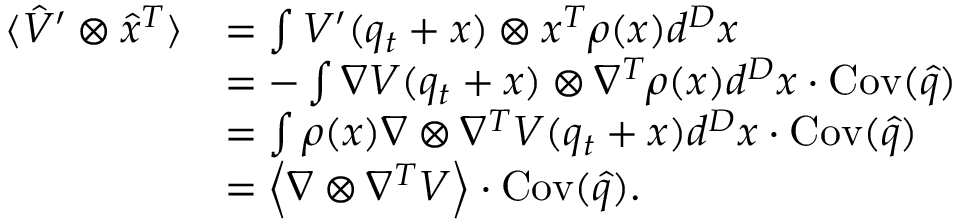
\begin{array} { r l } { \langle \hat { V } ^ { \prime } \otimes \hat { x } ^ { T } \rangle } & { = \int V ^ { \prime } ( q _ { t } + x ) \otimes x ^ { T } \rho ( x ) d ^ { D } x } \\ & { = - \int \nabla V ( q _ { t } + x ) \otimes \nabla ^ { T } \rho ( x ) d ^ { D } x \cdot \operatorname { C o v } ( \hat { q } ) } \\ & { = \int \rho ( x ) \nabla \otimes \nabla ^ { T } V ( q _ { t } + x ) d ^ { D } x \cdot \operatorname { C o v } ( \hat { q } ) } \\ & { = \left\langle \nabla \otimes \nabla ^ { T } V \right\rangle \cdot \operatorname { C o v } ( \hat { q } ) . } \end{array}